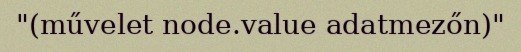
"(művelet node.value adatmezőn)"